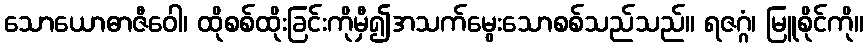
သောယောဓာဇီဝေါ၊ ထိုစစ်ထိုးခြင်းကိုမှီ၍အသက်မွေးသောစစ်သည်သည်။ ရဇဂ္ဂံ၊ မြူစိုင်ကို။